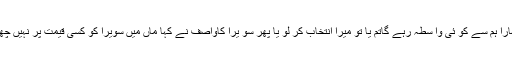
اور نہ تمہارا ہم سے کو ئی وا سطہ رہے گاتم یا تو میرا انتخاب کر لو یا پھر سو یرا کاواصف نے کہا ماں میں سویرا کو کسی قیمت پر نہیں چھوڑ سکتا ۔